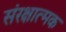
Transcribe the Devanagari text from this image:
संरक्षात्मक